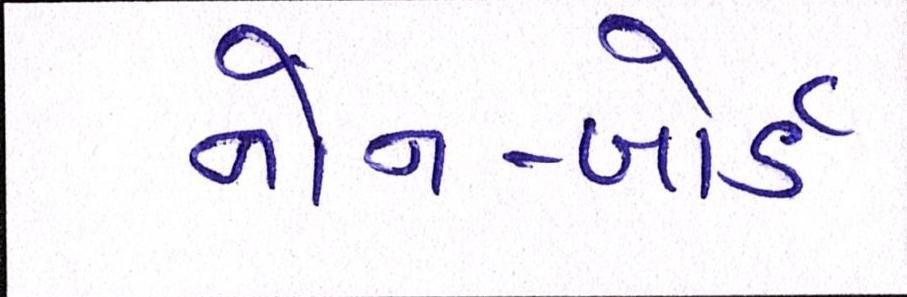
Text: નોન-બોર્ડ